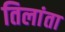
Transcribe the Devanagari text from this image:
तिलांता